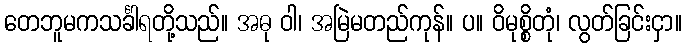
တေဘူမကသင်္ခါရတို့သည်။ အဓု ဝါ၊ အမြဲမတည်ကုန်။ ပ။ ဝိမုစ္စိတုံ၊ လွတ်ခြင်းငှာ။